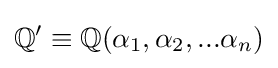
\mathbb {Q} ^{\prime }\equiv \mathbb {Q} (\alpha _{1},\alpha _{2},...\alpha _{n})